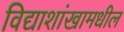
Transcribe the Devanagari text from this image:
विद्याशांखामधील